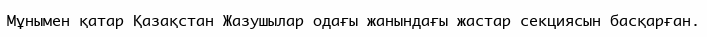
Мұнымен қатар Қазақстан Жазушылар одағы жанындағы жастар секциясын басқарған.